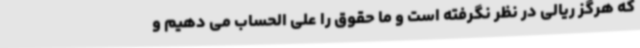
که هرگز ریالی در نظر نگرفته است و ما حقوق را علی الحساب می دهیم و